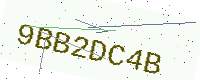
Text: 9BB2DC4B